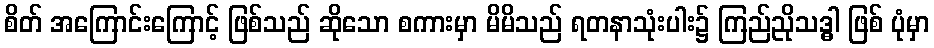
စိတ် အကြောင်းကြောင့် ဖြစ်သည် ဆိုသော စကားမှာ မိမိသည် ရတနာသုံးပါး၌ ကြည်ညိုသဒ္ဓါ ဖြစ် ပုံမှာ